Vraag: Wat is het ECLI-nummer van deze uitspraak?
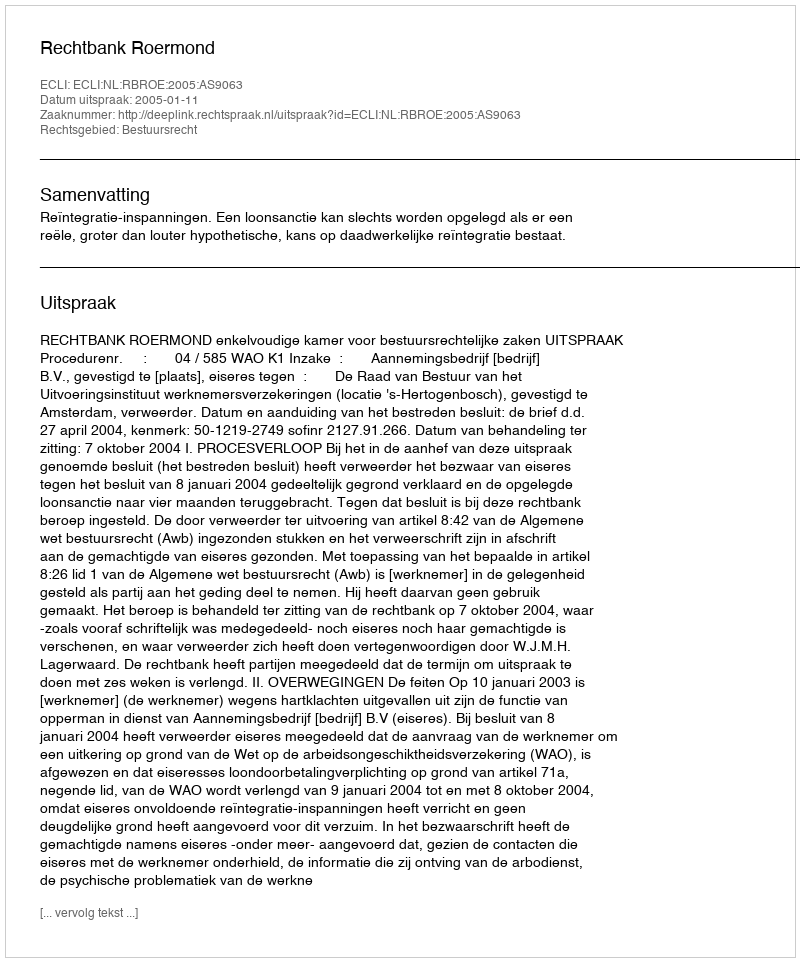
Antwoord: ECLI:NL:RBROE:2005:AS9063